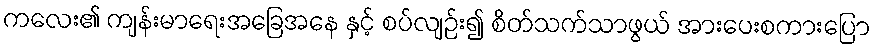
ကလေး၏ ကျန်းမာရေးအခြေအနေ နှင့် စပ်လျဉ်း၍ စိတ်သက်သာဖွယ် အားပေးစကားပြော